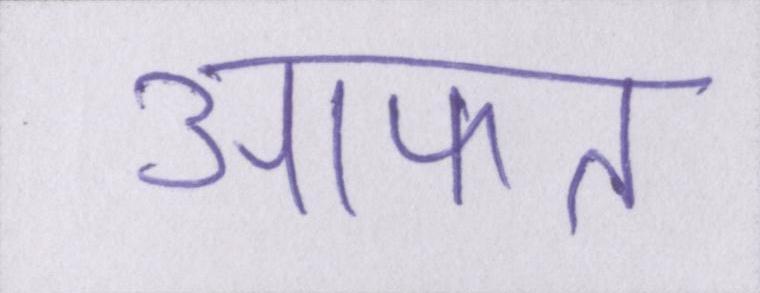
आफत